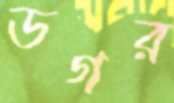
ডগর